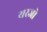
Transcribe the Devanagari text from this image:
यरजो